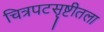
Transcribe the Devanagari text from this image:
चित्रपटसृष्टीतला